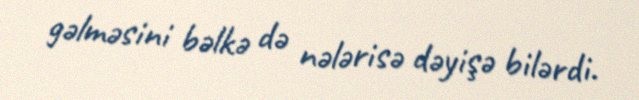
gəlməsini bəlkə də nələrisə dəyişə bilərdi.